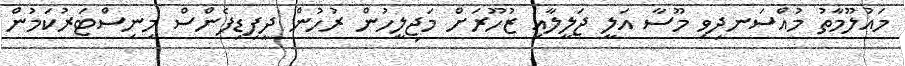
މައުލޫމާތު މުއްސަނދިވި މޫސާ އަލީ ޖަލީލާއި ޒުހޫރަށް މަޖިލީހުން ރުހުން ދީފިޑިފެންސް މިނިސްޓަރުކަމުން